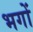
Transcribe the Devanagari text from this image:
भगों